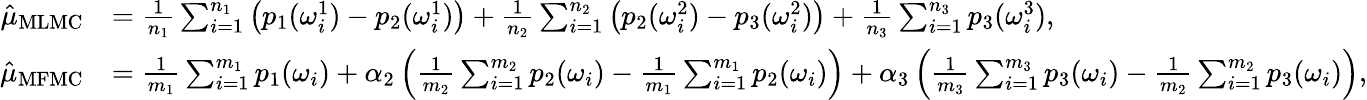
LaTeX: \begin{array}{rl}{\hat{\mu}_{\mathrm{MLMC}}}&{=\frac{1}{n_{1}}\sum_{i=1}^{n_{1}}\left(p_{1}(\omega_{i}^{1})-p_{2}(\omega_{i}^{1})\right)+\frac{1}{n_{2}}\sum_{i=1}^{n_{2}}\left(p_{2}(\omega_{i}^{2})-p_{3}(\omega_{i}^{2})\right)+\frac{1}{n_{3}}\sum_{i=1}^{n_{3}}p_{3}(\omega_{i}^{3}),}\\ {\hat{\mu}_{\mathrm{MFMC}}}&{=\frac{1}{m_{1}}\sum_{i=1}^{m_{1}}p_{1}(\omega_{i})+\alpha_{2}\left(\frac{1}{m_{2}}\sum_{i=1}^{m_{2}}p_{2}(\omega_{i})-\frac{1}{m_{1}}\sum_{i=1}^{m_{1}}p_{2}(\omega_{i})\right)+\alpha_{3}\left(\frac{1}{m_{3}}\sum_{i=1}^{m_{3}}p_{3}(\omega_{i})-\frac{1}{m_{2}}\sum_{i=1}^{m_{2}}p_{3}(\omega_{i})\right),}\end{array}